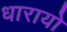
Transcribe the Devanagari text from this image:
धारायो